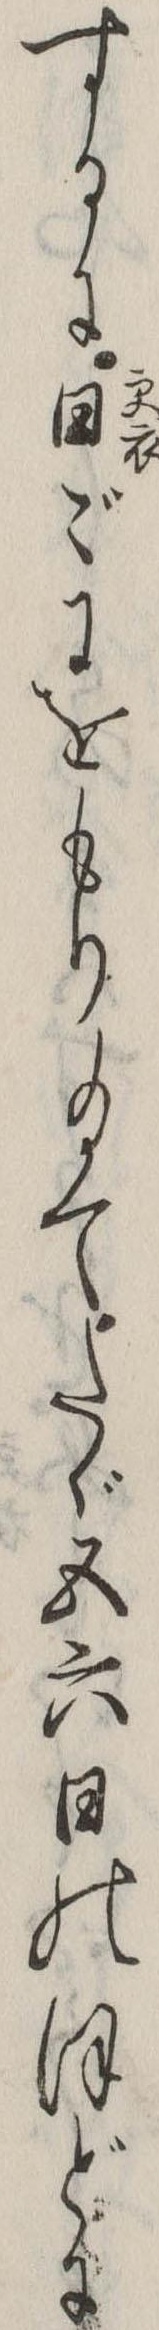
するに日々にをもり給てたゞ五六日のほどに